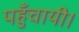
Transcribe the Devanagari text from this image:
पहुँचायी।